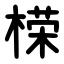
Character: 㮠